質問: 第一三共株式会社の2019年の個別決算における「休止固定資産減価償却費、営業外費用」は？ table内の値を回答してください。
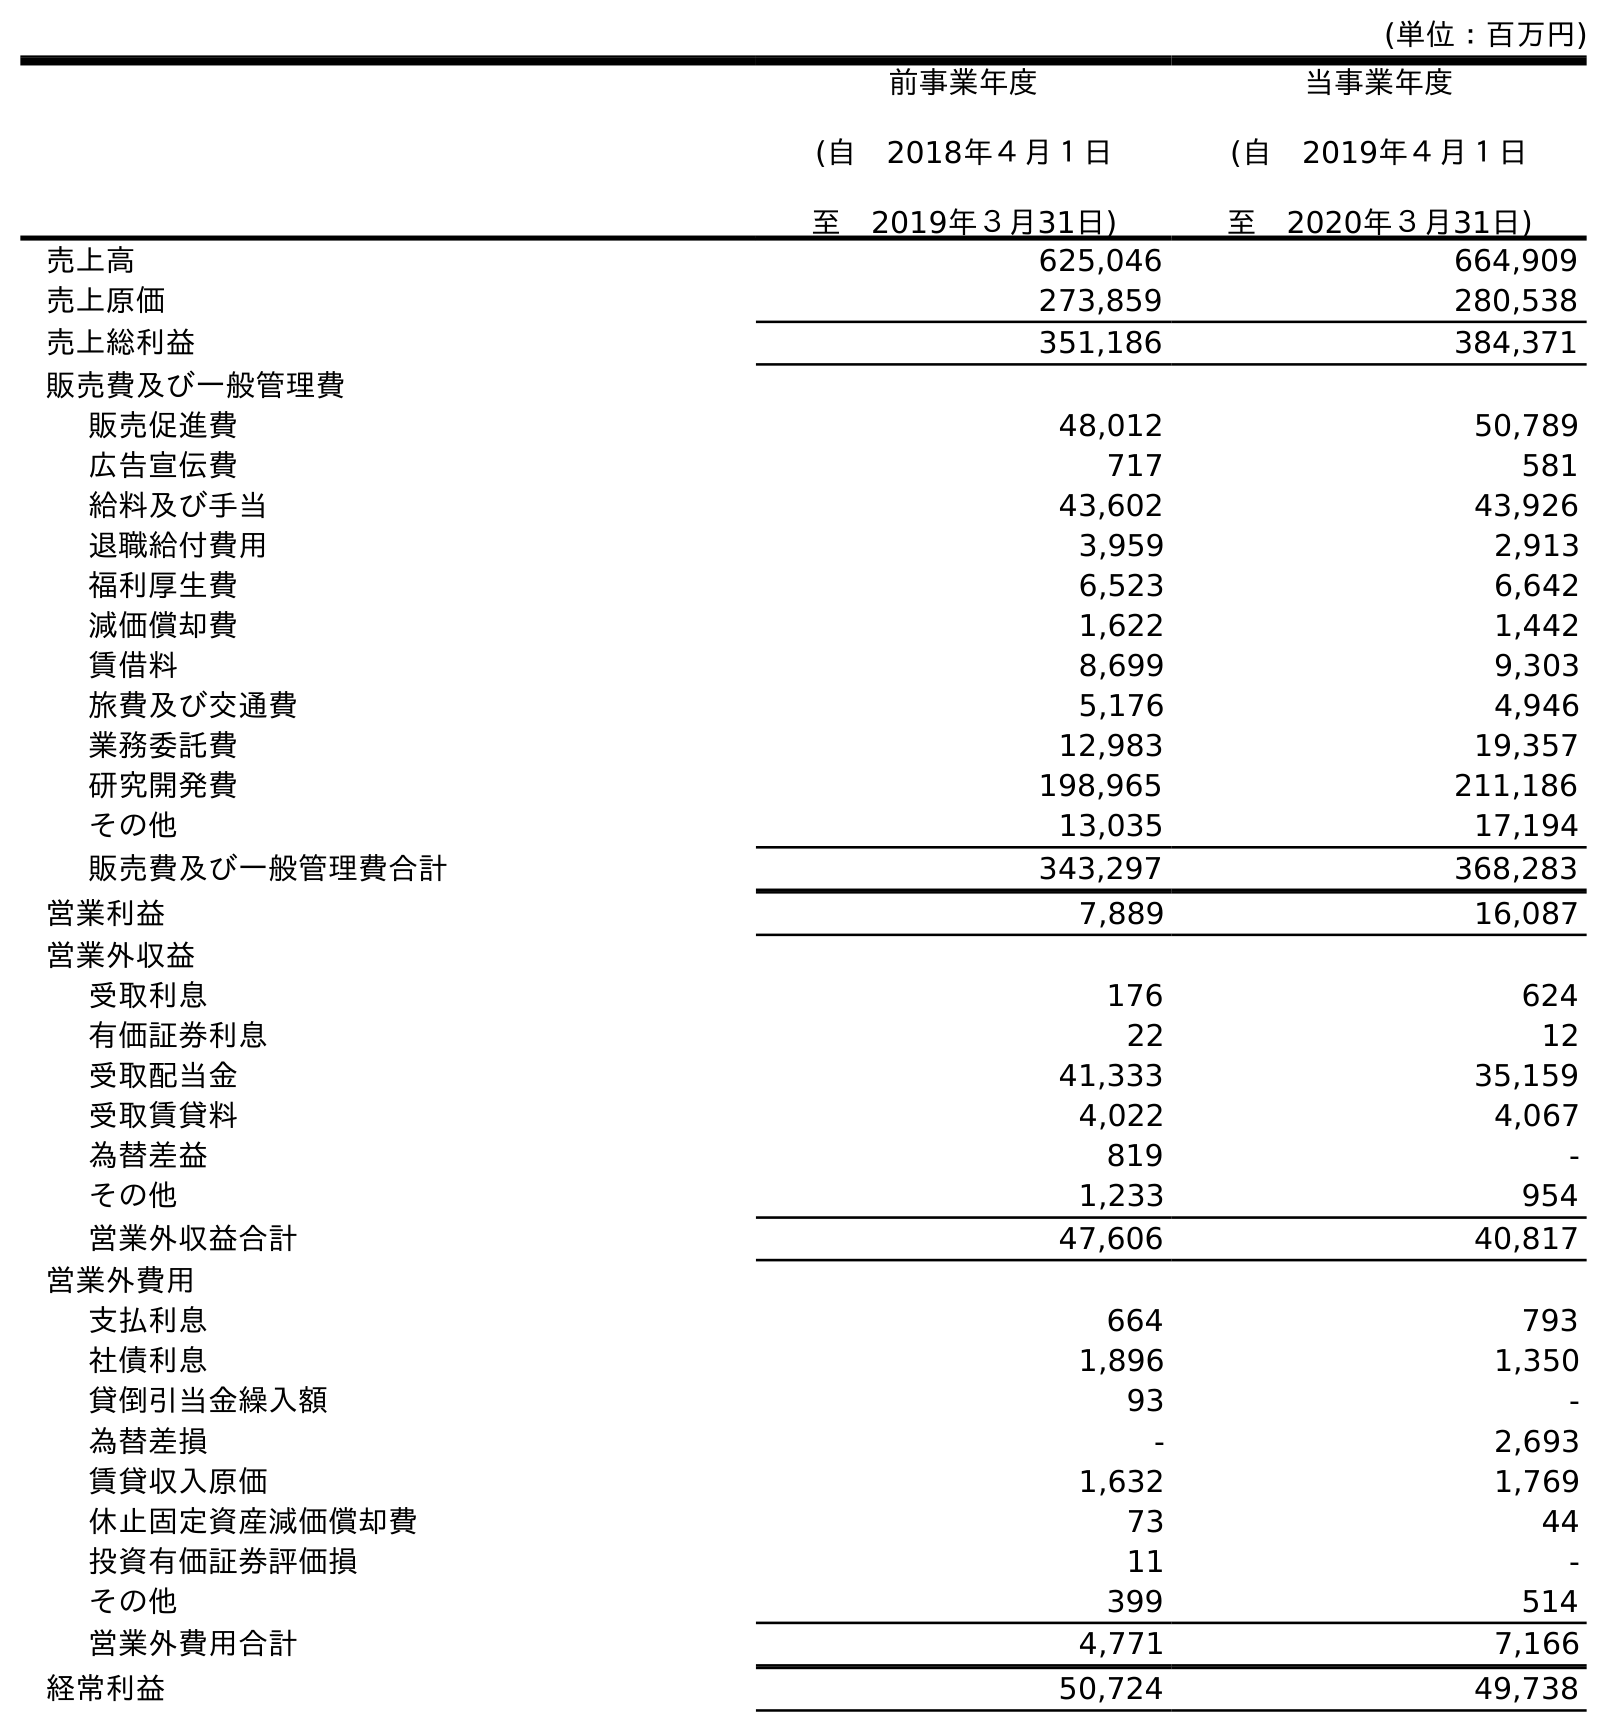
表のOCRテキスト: (単位：百万円) 前事業年度 (自 2018年４月１日 至 2019年３月31日) 当事業年度 (自 2019年４月１日 至 2020年３月31日) 売上高 625,046 664,909 売上原価 273,859 280,538 売上総利益 351,186 384,371 販売費及び一般管理費 販売促進費 48,012 50,789 広告宣伝費 717 581 給料及び手当 43,602 43,926 退職給付費用 3,959 2,913 福利厚生費 6,523 6,642 減価償却費 1,622 1,442 賃借料 8,699 9,303 旅費及び交通費 5,176 4,946 業務委託費 12,983 19,357 研究開発費 198,965 211,186 その他 13,035 17,194 販売費及び一般管理費合計 343,297 368,283 営業利益 7,889 16,087 営業外収益 受取利息 176 624 有価証券利息 22 12 受取配当金 41,333 35,159 受取賃貸料 4,022 4,067 為替差益 819 - その他 1,233 954 営業外収益合計 47,606 40,817 営業外費用 支払利息 664 793 社債利息 1,896 1,350 貸倒引当金繰入額 93 - 為替差損 - 2,693 賃貸収入原価 1,632 1,769 休止固定資産減価償却費 73 44 投資有価証券評価損 11 - その他 399 514 営業外費用合計 4,771 7,166 経常利益 50,724 49,738
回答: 73